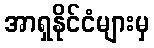
အာရှနိုင်ငံများမှ